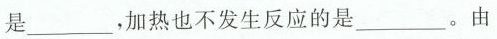
是___，加热也不发生反应的是___。由